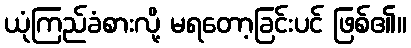
ယုံကြည်ခံစားလို့ မရတော့ခြင်းပင် ဖြစ်၏။